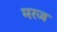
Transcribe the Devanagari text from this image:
मरज